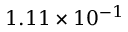
1 . 1 1 \times 1 0 ^ { - 1 }